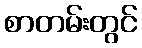
စာတမ်းတွင်